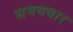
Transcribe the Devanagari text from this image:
समयवार